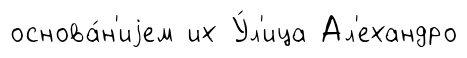
основа́н'иjем их У́л'ица Ал'ехандро